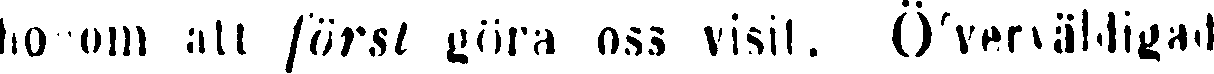
ho om att först göra oss visit. Öfverväldigad